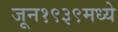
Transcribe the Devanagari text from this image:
जून१९३९मध्ये